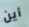
أين